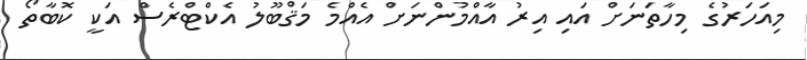
މިއަހަރުގެ މިހާތަނަށް އައި އިރު އާއްމުންނަށް އެއްމެ މަޤްބޫލު އެކްޓްރެސް އަކީ ކޮބާތޯ